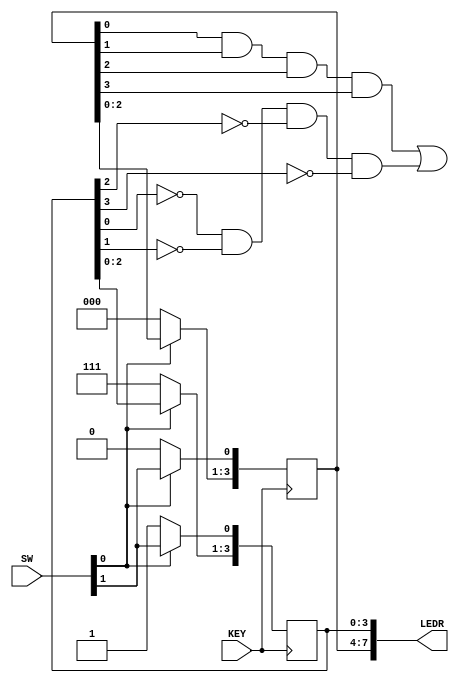
module ex8_3(KEY, SW, LEDR);
    input [1:0] SW;
    input [0:0] KEY;
    output [9:0] LEDR;

    reg [3:0] ones, zeros;

    always @ (posedge KEY[0]) begin
        if (~SW[0]) begin
            ones = 4'b0000;
            zeros = 4'b1111;
        end 
        else begin
            ones = ones << 1;
            zeros = zeros << 1;
            ones[0] <= SW[1];
            zeros[0] <= SW[1];
        end     
    end

    assign LEDR[7:0] = {ones[3:0], zeros[3:0]};
    assign LEDR[9] = (ones[0] & ones[1] & ones[2] & ones[3]) | (~zeros[0] & ~zeros[1] & ~zeros[2] & ~zeros[3]);

endmodule